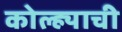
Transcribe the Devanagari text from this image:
कोल्ह्याची